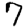
Digit: 7